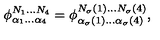
\phi _ { \alpha _ { 1 } \ldots \alpha _ { 4 } } ^ { N _ { 1 } \ldots N _ { 4 } } = \phi _ { \alpha _ { \sigma } ( 1 ) \ldots \alpha _ { \sigma } ( 4 ) } ^ { N _ { \sigma } ( 1 ) \ldots N _ { \sigma } ( 4 ) } ,